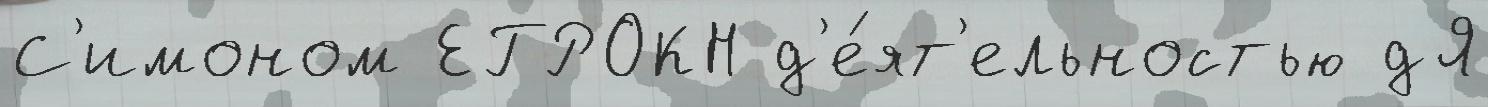
С'имоном ЕГРОКН д'е́ят'ельностью дЯ